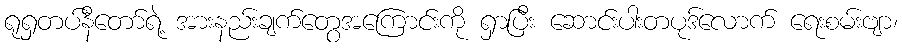
ရုရှတပ်နီတော်ရဲ့ အားနည်းချက်တွေအကြောင်းကို ရှာပြီး ဆောင်းပါးတပုဒ်လောက် ရေးစမ်းဗျာ၊